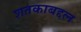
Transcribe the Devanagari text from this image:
शतकाबद्दल